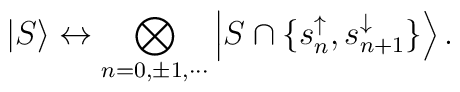
\left| S\right\rangle \leftrightarrow \bigotimes_{n=0,\pm 1,\cdots }\left|S\cap \{s_n^{\uparrow },s_{n+1}^{\downarrow }\}\right\rangle .